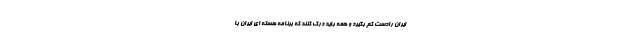
ایران رادست کم بگیرد و همه باید درک کنند که برنامه هسته ای ایران با